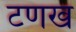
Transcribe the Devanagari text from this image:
टणख